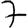
Digit: 7